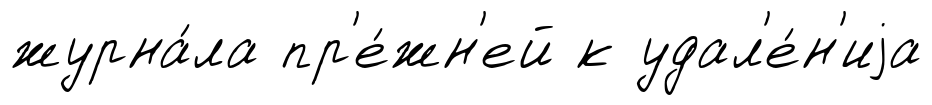
журна́ла пр'е́жн'ей к удал'е́н'иjа